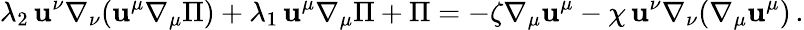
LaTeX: \lambda_{2}\, \mathbf{u}^{\nu}\nabla_{\nu}(\mathbf{u}^{\mu}\nabla_{\mu}\Pi)+\lambda_{1}\, \mathbf{u}^{\mu}\nabla_{\mu}\Pi+\Pi=-\zeta\nabla_{\mu}\mathbf{u}^{\mu}-\chi\, \mathbf{u}^{\nu}\nabla_{\nu}(\nabla_{\mu}\mathbf{u}^{\mu})\, .